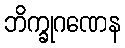
ဘိက္ခုဂဏေန